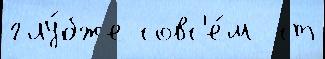
глу́бже совс'е́м  ст